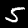
Digit: 5